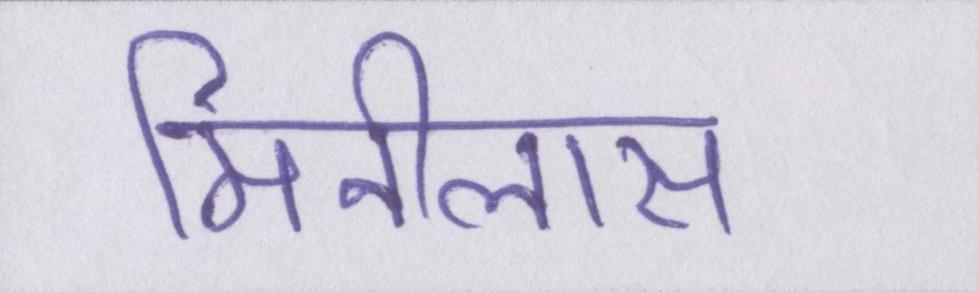
मिनीलास